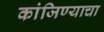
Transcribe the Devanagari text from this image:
कांजिण्याचा